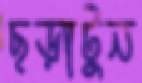
ছড়াটুন